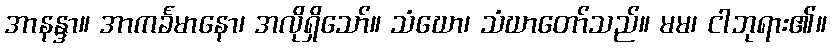
အာနန္ဒာ။ အာကင်္ခမာနော၊ အလိုရှိသော်။ သံဃော၊ သံဃာတော်သည်။ မမ၊ ငါဘုရား၏။